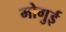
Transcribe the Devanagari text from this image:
मोगुई